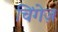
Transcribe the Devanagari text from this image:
चिंगेज़